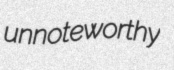
unnoteworthy